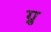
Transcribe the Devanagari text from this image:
ग्नु